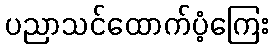
ပညာသင်ထောက်ပံ့ကြေး